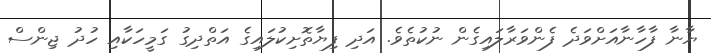
ޔާނާ ފާހާނާއަށްވަދެ ފެންވަރާލައިގެން ނުކުތެވެ. އަދި ފިޔާތޮށިކުލައިގެ އަތްދިގު ގަމީހަކާއި ހުދު ޖިންސް